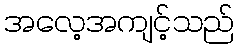
အလေ့အကျင့်သည်